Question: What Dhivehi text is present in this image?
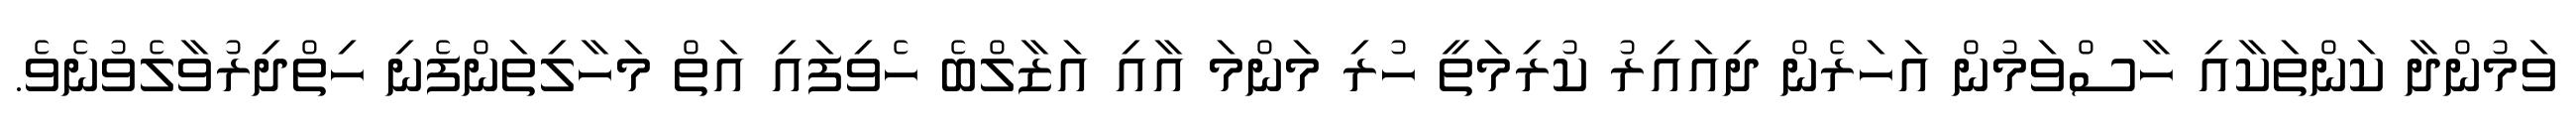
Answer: ވަމުންދާ ކަންތަކާއި ހާސްވަމުން އަހަރެން ދިއައިރު ކުރިމަތީ ހުރި މަންމަ އާއި އަޒާލްބެ ހެވިފައި އަތް މަހާލިތަންފެނި ހިތްދިރުވާލެވުނެވެ.